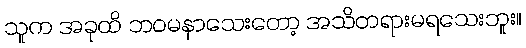
သူက အခုထိ ဘဝမနာသေးတော့ အသိတရားမရသေးဘူး။